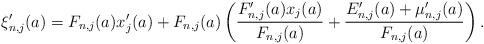
LaTeX: \begin{align*}\xi'_{n,j}(a)=F_{n,j}(a)x'_{j}(a)+F_{n,j}(a)\left(\frac{F'_{n,j}(a)x_{j}(a)}{F_{n,j}(a)}+\frac{E'_{n,j}(a)+\mu'_{n,j}(a)}{F_{n,j}(a)}\right).\end{align*}